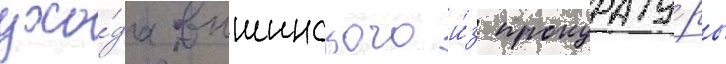
ухо́да вышинского и́з прокурату́ры